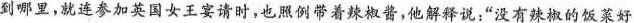
到哪里，就连参加英国女王宴请时，也照例带着辣椒酱，他解释说：”没有辣椒的饭菜好